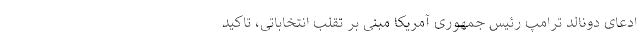
ادعای دونالد ترامپ رئیس جمهوری آمریکا مبنی بر تقلب انتخاباتی، تاکید